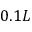
0 . 1 L